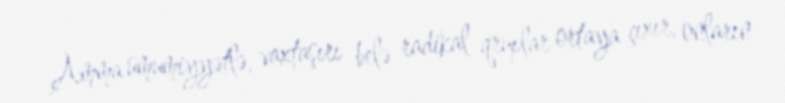
Amma ümumiyyətlə, vaxtaşırı belə radikal qruplar ortaya çıxır, onların